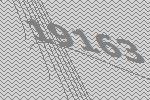
19163